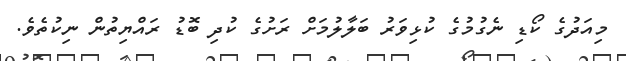
މިއަދުގެ ކޯޑި ނެގުމުގެ ކުޅިވަރު ބަލާލުމަށް ރަށުގެ ކުދި ބޮޑު ރައްޔިތުން ނިކުތެވެ.